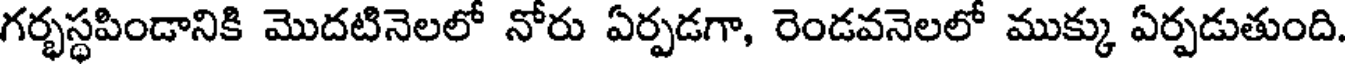
గర్భస్థపిండానికి మొదటినెలలో నోరు ఏర్పడగా, రెండవనెలలో ముక్కు ఏర్పడుతుంది